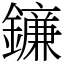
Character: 䥥